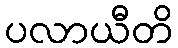
ပလာယီတိ